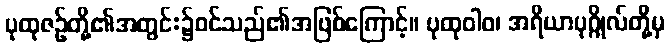
ပုထုဇဉ်တို့၏အတွင်း၌ဝင်သည်၏အဖြစ်ကြောင့်။ ပုထုဝါဝ၊ အရိယာပုဂ္ဂိုလ်တို့မှ